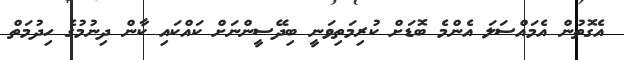
އެގޮތުން އެމައްސަލަ އެންމެ ބޮޑަށް ކުރިމަތިވަނީ ބިދޭސީންނަށް ކައްކައި ކާން ދިނުމުގެ ހިދުމަތް